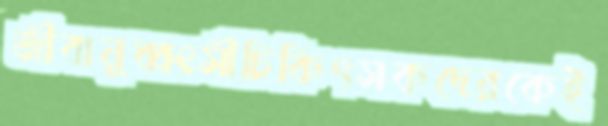
জীবানুধ্বংসীচিকিৎসকদেরকেই